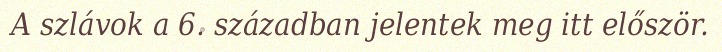
A szlávok a 6. században jelentek meg itt először.